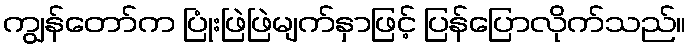
ကျွန်တော်က ပြုံးဖြဲဖြဲမျက်နှာဖြင့် ပြန်ပြောလိုက်သည်။